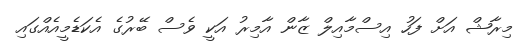
މިރާޝް އަށް ފަހު އިސްމާއިލް ޒާން އާމިރު އަކީ ވެސް ބޭރުގެ އެކަޑެމީއެއްގައި